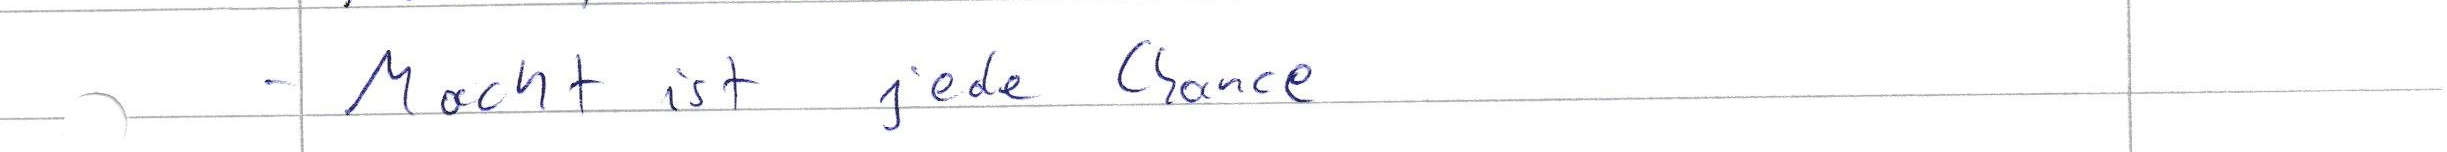
- Macht ist jede Chance